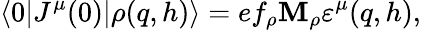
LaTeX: \langle0|J^{\mu}(0)|\rho(q,h)\rangle=ef_{\rho}\mathbf{M}_{\rho}\varepsilon^{\mu}(q,h),